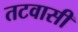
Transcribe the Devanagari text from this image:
तटवासी